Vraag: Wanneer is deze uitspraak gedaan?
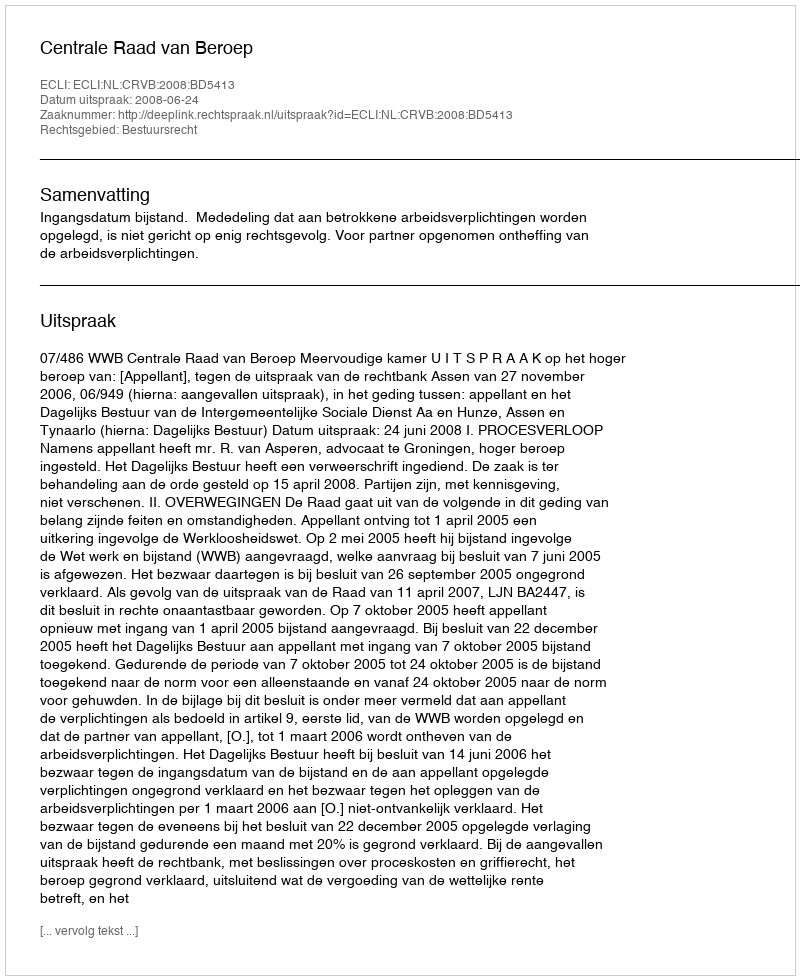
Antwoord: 2008-06-24